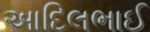
આદિલભાઈ